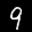
Label: 9